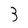
Character: 3